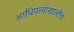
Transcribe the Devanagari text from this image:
आधिपत्याखालीच